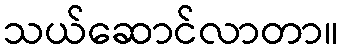
သယ်ဆောင်လာတာ။